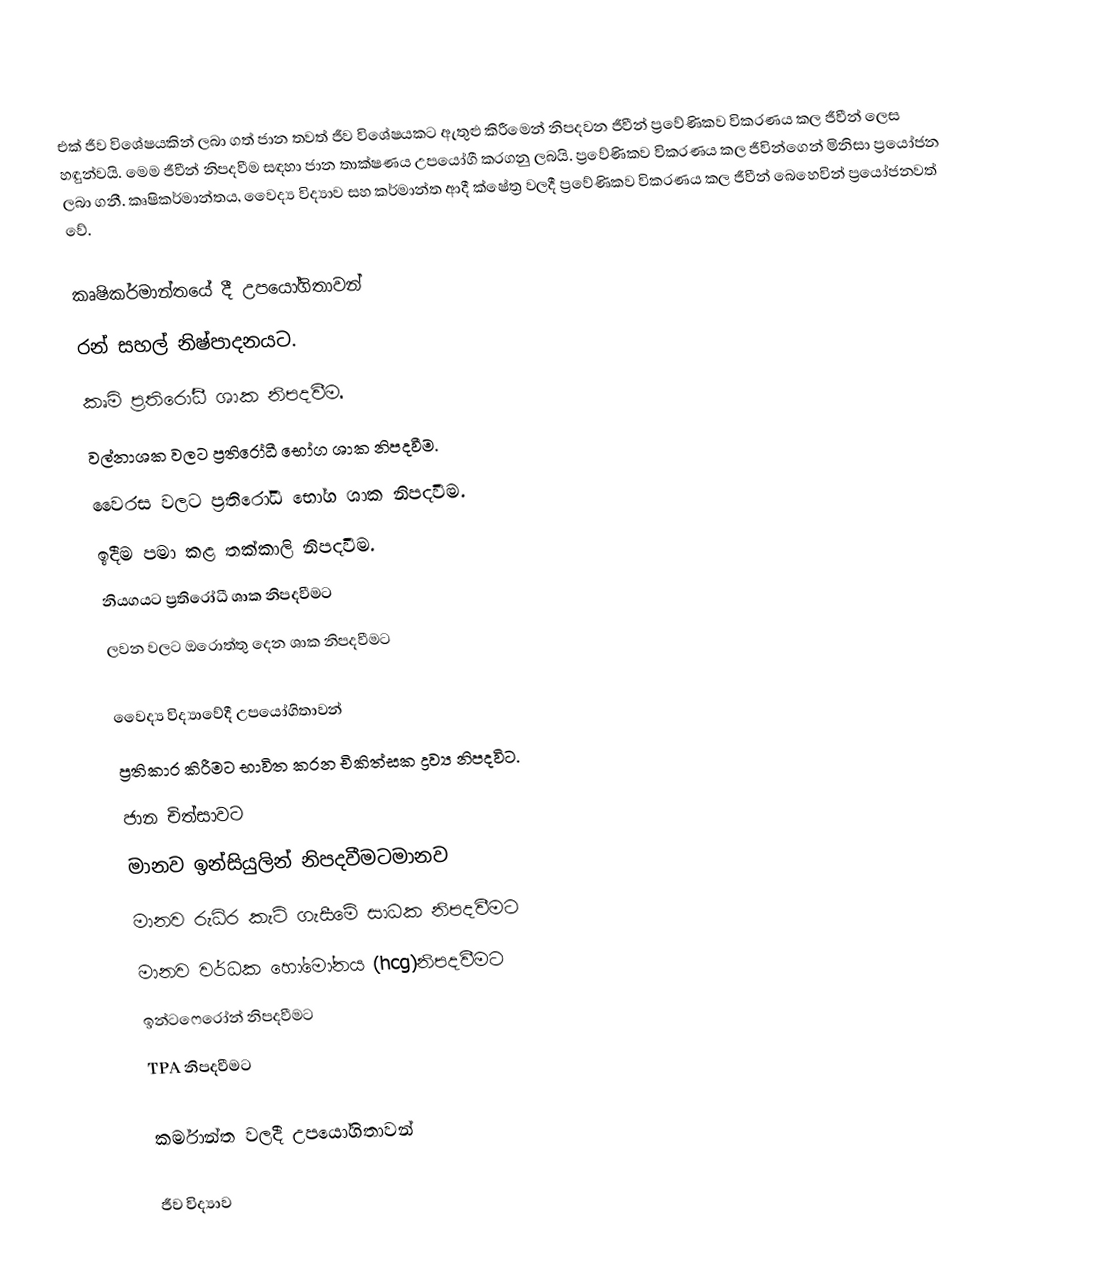
එක් ජීව විශේෂයකින් ලබා ගත් ජාන තවත් ජීව විශේෂයකට ඇතුළු කිරීමෙන් නිපදවන ජීවීන් ප්‍රවේණිකව විකරණය කල ජීවීන් ලෙස හඳුන්වයි. මෙම ජීවීන් නිපදවීම සඳහා ජාන තාක්ෂණය උපයෝගී කරගනු ලබයි. ප්‍රවේණිකව විකරණය කල ජීවින්ගෙන් මිනිසා ප්‍රයෝජන ලබා ගනී. කෘෂිකර්මාන්තය, වෛද්‍ය විද්‍යාව සහ කර්මාන්ත ආදී ක්ෂේත්‍ර වලදී ප්‍රවේණිකව විකරණය කල ජීවීන් බෙහෙවින් ප්‍රයෝජනවත් වේ.

කෘෂිකර්මාන්තයේ දී උපයෝගිතාවන්
රන් සහල් නිෂ්පාදනයට.
කෘමි ප්‍රතිරෝධී ශාක නිපදවීම.
වල්නාශක වලට ප්‍රතිරෝධී භෝග ශාක නිපදවීම.
වෛරස වලට ප්‍රතිරෝධී භෝග ශාක නිපදවීම.
ඉදීම පමා කළ තක්කාලි නිපදවීම.
නියගයට ප්‍රතිරෝධී ශාක නිපදවීමට
ලවන වලට ඔරොත්තු දෙන ශාක නිපදවීමට

වෛද්‍ය විද්‍යාවේදී උපයෝගිතාවන්
ප්‍රතිකාර කිරීමට භාවිත කරන චිකිත්සක ද්‍රව්‍ය නිපදවිට.
ජාන චිත්සාවට
මානව ඉන්සියුලින් නිපදවීමටමානව
මානව රුධිර කැටි ගැසීමේ සාධක නිපදවීමට
මානව වර්ධක හෝමෝනය (hcg)නිපදවීමට
ඉන්ටෆෙරෝන් නිපදවීමට
TPA නිපදවීමට

කර්මාන්ත වලදී උපයෝගිතාවන්

ජීව විද්‍යාව